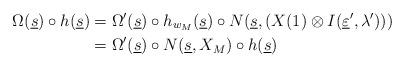
LaTeX: \begin{align*}\Omega(\underline s)\circ h(\underline s)&=\Omega'(\underline s)\circ h_{w_M}(\underline s)\circ N(\underline s, \left( X(1)\otimes I(\underline\varepsilon',\lambda') \right)) \\&=\Omega'(\underline s)\circ N(\underline s,X_M)\circ h(\underline s)\end{align*}